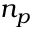
n _ { p }